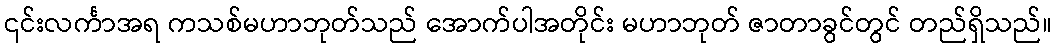
၎င်းလင်္ကာအရ ကသစ်မဟာဘုတ်သည် အောက်ပါအတိုင်း မဟာဘုတ် ဇာတာခွင်တွင် တည်ရှိသည်။